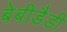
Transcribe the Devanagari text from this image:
बेबीडैडी